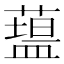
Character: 𥂯